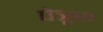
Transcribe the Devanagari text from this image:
पेत्रूस